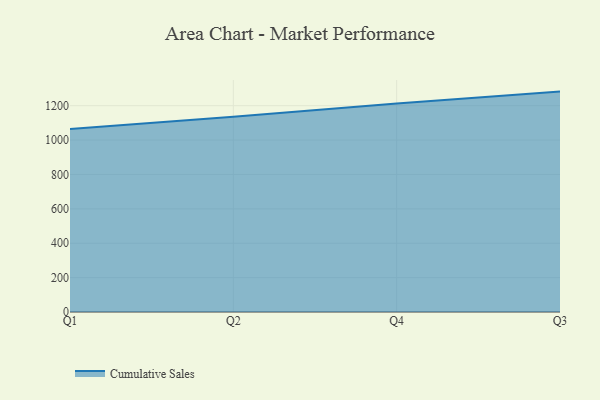
{"axis": {"x": "Quarter", "y": "Market Share (%)"}, "legend": ["Cumulative Sales"], "data": [{"x": "Q1", "y": 1064.7, "type": "Cumulative Sales"}, {"x": "Q2", "y": 1135.1, "type": "Cumulative Sales"}, {"x": "Q4", "y": 1212.5, "type": "Cumulative Sales"}, {"x": "Q3", "y": 1281.9, "type": "Cumulative Sales"}]}